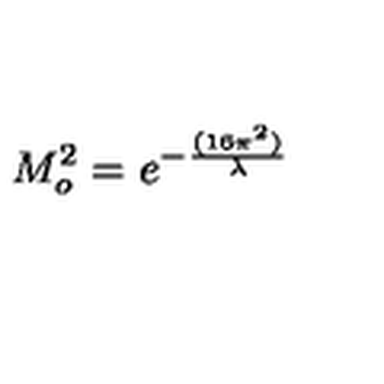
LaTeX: M _ { o } ^ { 2 } = e ^ { - { \frac { ( 1 6 \pi ^ { 2 } ) } { \lambda } } }